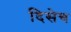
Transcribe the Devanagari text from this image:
दिसेच